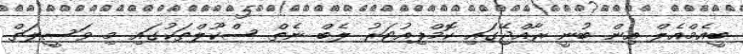
ބީއެމްއެލް އިން ބުނީ ރާއްޖޭގައި ކޮމްޕިއުޓަރު ލެބް ނެތް ސްކޫލްތަކުގައި މި ވަސީލަތް